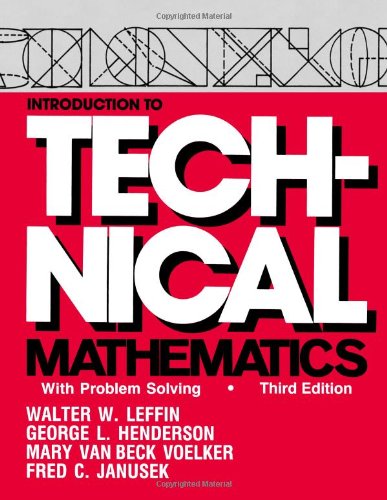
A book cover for Introduction to Technical Mathematics : With Problem Solving; Walter W. Leffin; Science & Math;